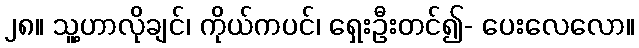
၂၈။ သူ့ဟာလိုချင်၊ ကိုယ်ကပင်၊ ရှေးဦးတင်၍- ပေးလေလော။